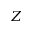
Z